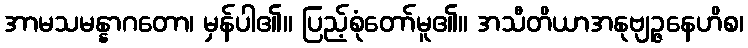
အာမသမန္နာဂတော၊ မှန်ပါ၏။ ပြည့်စုံတော်မူ၏။ အသီတိယာအနုဗျဉ္ဇနေဟိစ၊